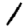
Digit: 1